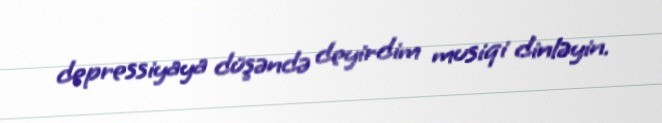
depressiyaya düşəndə deyirdim musiqi dinləyin.